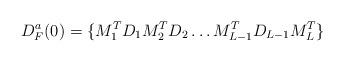
LaTeX: \begin{align*}D^a_F(0) = \{M_1^T D_1 M_2^TD_2 \ldots M_{L-1}^T D_{L-1} M_L^T\}\end{align*}